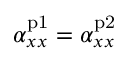
\alpha _ { x x } ^ { \mathrm { p 1 } } = \alpha _ { x x } ^ { \mathrm { p 2 } }